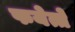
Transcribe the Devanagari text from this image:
फयेत्ते